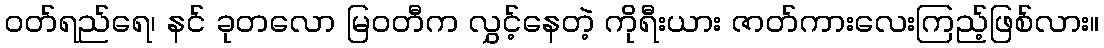
ဝတ်ရည်ရေ၊ နင် ခုတလော မြဝတီက လွှင့်နေတဲ့ ကိုရီးယား ဇာတ်ကားလေးကြည့်ဖြစ်လား။